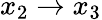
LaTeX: x_{2}\rightarrow x_{3}